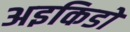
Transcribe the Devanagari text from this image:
अइकिडो